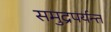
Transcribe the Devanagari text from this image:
समुद्रपर्यन्त